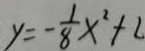
y = - \frac { 1 } { 8 } x ^ { 2 } + 2